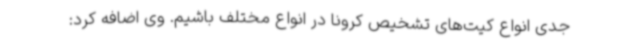
جدی انواع کیت‌های تشخیص کرونا در انواع مختلف باشیم. وی اضافه کرد: